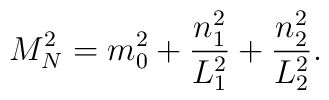
M_{N}^{2} = m_{0}^{2} + \frac{n_{1}^{2}}{L_{1}^2} +  \frac{n_{2}^{2}}{L_{2}^2} .